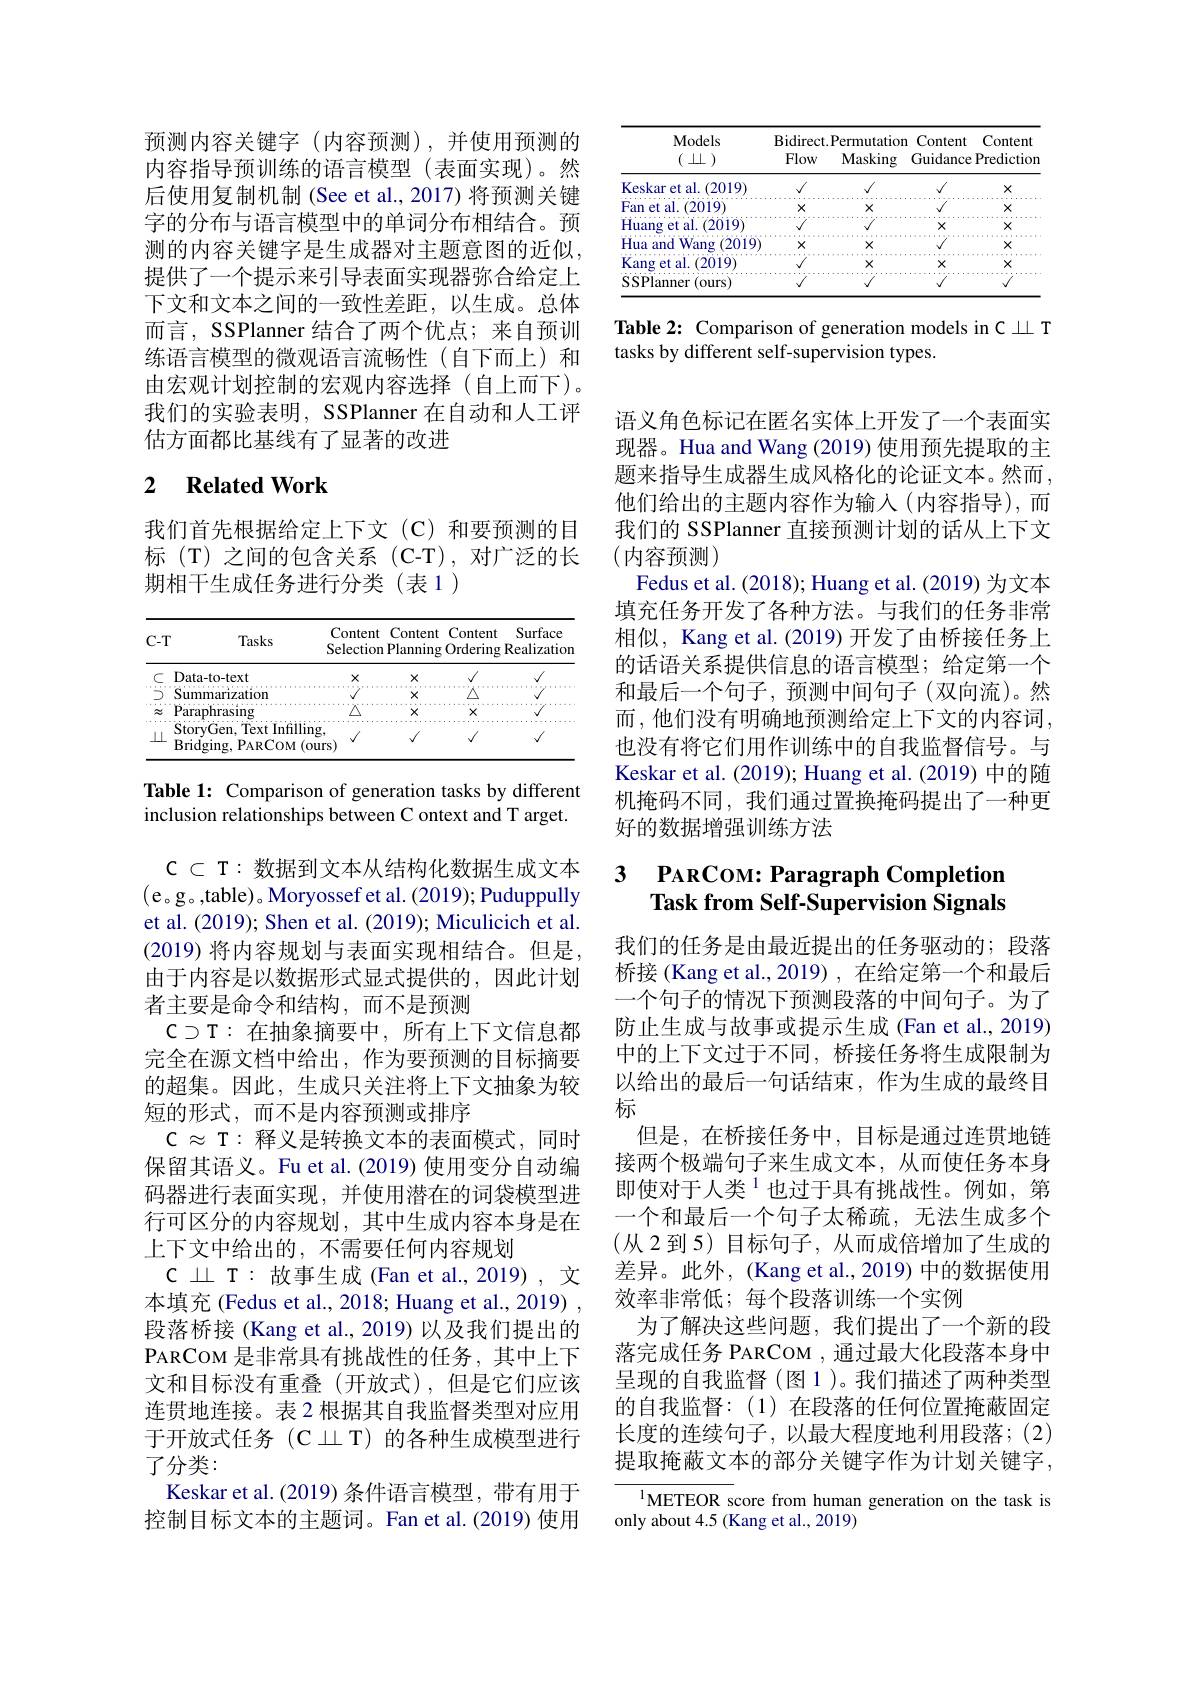
预测内容关键字(内容预测),并使用预测的内容指导预训练的语言模型(表面实现)。然后使用复制机制(See et al.,2017)将预测关键字的分布与语言模型中的单词分布相结合。预测的内容关键字是生成器对主题意图的近似， 提供了一个提示来引导表面实现器弥合给定上下文和文本之间的一致性差距，以生成。总体而言，SSPlanner 结合了两个优点；来自预训练语言模型的微观语言流畅性(自下而上)和由宏观计划控制的宏观内容选择(自上而下)。我们的实验表明，SSPlanner 在自动和人工评估方面都比基线有了显著的改进

## 2 $\textbf{Related Work}$

我们首先根据给定上下文(C)和要预测的目标(T)之间的包含关系(C-T),对广泛的长期相干生成任务进行分类(表1)

<table>
	<tbody>
		<tr>
			<th>$C-T$ Tasks</th>
			<th>Content Planning</th>
			<th>Conter ntent nning Orderin</th>
			<th>Content Surface rdering Realizatior $=\frac{1}{2}$</th>
		</tr>
		<tr>
			<td>Data- to- text C</td>
			<td>$X$</td>
			<td>$X$ $f$</td>
			<td>$√$ $√$</td>
		</tr>
		<tr>
			<td>7 Summarization</td>
			<td>$X$</td>
			<td>$X$</td>
			<td>$\Delta$</td>
		</tr>
		<tr>
			<td>rasino</td>
			<td>X</td>
			<td>Y</td>
			<td> </td>
		</tr>
		<tr>
			<td>StoryGen, Text Infilling $\bot\bot$ Bridging, PARCOM (0</td>
			<td>$\sqrt{1}$</td>
			<td>$\sqrt{1}$ $f$</td>
			<td>$√$ $\sqrt{1}$</td>
		</tr>
	</tbody>
</table>

Table 1: Comparison of generation tasks by different inclusion relationships between C ontext and T arget.

$\mathcal{C}\subset\mathcal{T}:$数据到文本从结构化数据生成文本(e。g。,table)。Moryossef et al. (2019); Puduppully et al. (2019); Shen et al. (2019); Miculicich et al. (2019) 将内容规划与表面实现相结合。但是， 由于内容是以数据形式显式提供的，因此计划者主要是命令和结构，而不是预测
$\mathbb{C}\supset\mathbb{T}:$在抽象摘要中，所有上下文信息都完全在源文档中给出，作为要预测的目标摘要的超集。因此，生成只关注将上下文抽象为较短的形式，而不是内容预测或排序
$\mathbb{C}\approx\mathbb{T}:$释义是转换文本的表面模式，同时保留其语义。Fu et al.(2019) 使用变分自动编码器进行表面实现，并使用潜在的词袋模型进行可区分的内容规划，其中生成内容本身是在上下文中给出的，不需要任何内容规划
$\mathbb{C}\perp\mathbb{T}:$故事生成 (Fan et al., 2019), 文本填充 (Fedus et al., 2018; Huang et al., 2019) 段落桥接 (Kang et al., 2019) 以及我们提出的PARCOM 是非常具有挑战性的任务，其中上下文和目标没有重叠(开放式),但是它们应该连贯地连接。表 2 根据其自我监督类型对应用于开放式任务(C$\perp T)的各种生成模型进行$ 了分类：
Keskar et al. (2019) 条件语言模型，带有用于控制目标文本的主题词。Fan et al.(2019) 使用

<table>
	<tbody>
		<tr>
			<th rowspan="2">Models $(\perp\perp)$</th>
			<th>$\operatorname{Bidirect}$</th>
			<th>Permutation</th>
			<th>Content Content</th>
		</tr>
		<tr>
			<th>Flow</th>
			<th>Masking</th>
			<th>Guidance Predictior</th>
		</tr>
		<tr>
			<td>Keskar et al. |.(2019)</td>
			<td>$√$</td>
			<td>$\sqrt{1}$</td>
			<td>$√$ $X$</td>
		</tr>
		<tr>
			<td>Fan et al. (2019)</td>
			<td>$X$</td>
			<td>$X$</td>
			<td>$X$</td>
		</tr>
		<tr>
			<td>Huang et al. (2019)</td>
			<td> </td>
			<td> </td>
			<td>$X$ $X$</td>
		</tr>
		<tr>
			<td>Hua and Wang (2019)</td>
			<td>$X$</td>
			<td>$X$</td>
			<td>$\sqrt{1}$ $X$</td>
		</tr>
		<tr>
			<td>$K_{i}$ ang et al. (2019)</td>
			<td> </td>
			<td>$X$</td>
			<td>$X$ $x$</td>
		</tr>
		<tr>
			<td>SSPlanner (ours</td>
			<td> </td>
			<td> </td>
			<td>$j$ $V$</td>
		</tr>
	</tbody>
</table>

Table 2: Comparison of generation models in C L T
tasks by different self-supervision types.

语义角色标记在匿名实体上开发了一个表面实现器。Hua and Wang (2019) 使用预先提取的主题来指导生成器生成风格化的论证文本。然而， 他们给出的主题内容作为输入(内容指导),而我们的 SSPlanner 直接预测计划的话从上下文(内容预测)
Fedus et al. (2018); Huang et al. (2019) 为文本填充任务开发了各种方法。与我们的任务非常相似，Kang et al.(2019) 开发了由桥接任务上的话语关系提供信息的语言模型；给定第一个和最后一个句子，预测中间句子(双向流)。然而，他们没有明确地预测给定上下文的内容词， 也没有将它们用作训练中的自我监督信号。与Keskar et al. (2019); Huang et al. (2019) 中的随机掩码不同，我们通过置换掩码提出了一种更好的数据增强训练方法

### 3 PARCOM: Paragraph Completior Task from Self-Supervision Signals

我们的任务是由最近提出的任务驱动的；段落桥接 (Kang et al., 2019) , 在给定第一个和最后
一个句子的情况下预测段落的中间句子。为了防止生成与故事或提示生成 (Fan et al., 2019) 中的上下文过于不同，桥接任务将生成限制为以给出的最后一句话结束，作为生成的最终目标
但是，在桥接任务中，目标是通过连贯地链接两个极端句子来生成文本，从而使任务本身即使对于人类$^{1}$也过于具有挑战性。例如，第一个和最后一个句子太稀疏，无法生成多个(从2到5)目标句子，从而成倍增加了生成的差异。此外，(Kang et al., 2019) 中的数据使用效率非常低；每个段落训练一个实例
为了解决这些问题，我们提出了一个新的段落完成任务 PARCOM , 通过最大化段落本身中呈现的自我监督(图1)。我们描述了两种类型的自我监督：(1)在段落的任何位置掩蔽固定长度的连续句子，以最大程度地利用段落；(2) 提取掩蔽文本的部分关键字作为计划关键字，

$^{1}$METEOR score from human generation on the task is
only about 4.5 (Kang et al., 2019)